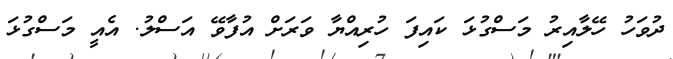
ދުވަހު ހޭލާއިރު މަސްގުޅަ ކައިފަ ހުރިއްޔާ ވަރަށް އުފާވޭ އަސްލު. އެއީ މަސްގުޅަ